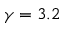
\gamma = 3 . 2